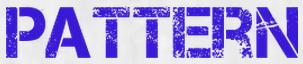
PATTERN